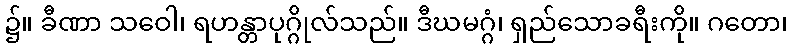
၌။ ခီဏာ သဝေါ၊ ရဟန္တာပုဂ္ဂိုလ်သည်။ ဒီဃမဂ္ဂံ၊ ရှည်သောခရီးကို။ ဂတော၊